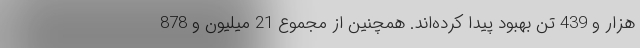
هزار و 439 تن بهبود پیدا کرده‌اند. همچنین از مجموع 21 میلیون و 878